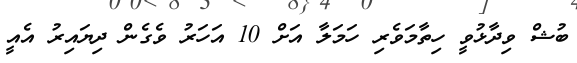
ބުޝް ވިދާޅުވީ ހިތާމަވެރި ހަމަލާ އަށް 10 އަހަރު ވެގެން ދިޔައިރު އެއީ